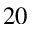
^ { 2 0 }